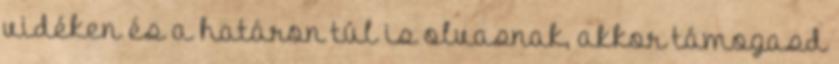
vidéken és a határon túl is olvasnak, akkor támogasd